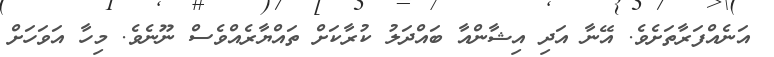
އަނެއްފަރާތަށެވެ. އޭނާ އަދި އިޝާންއާ ބައްދަލު ކުރާކަށް ތައްޔާރެއްވެސް ނޫނެވެ. މިހާ އަވަހަށް